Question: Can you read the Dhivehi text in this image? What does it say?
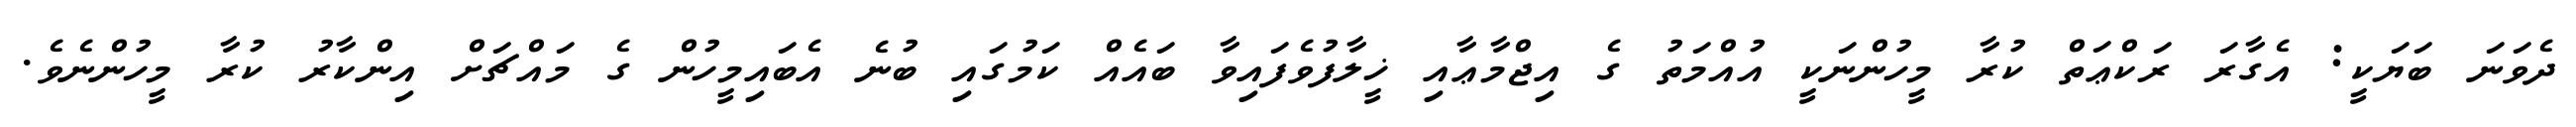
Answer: ދެވަނަ ބަޔަކީ: އެގާރަ ރަކްޢަތް ކުރާ މީހުންނަކީ އުއްމަތު ގެ އިޖްމާޢާއި ޚީލާފުވެފައިވާ ބައެއް ކަމުގައި ބުނެ އެބައިމީހުން ގެ މައްޗަށް އިންކާރު ކުރާ މީހުންނެވެ.